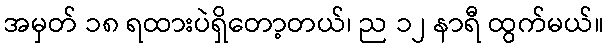
အမှတ် ၁၈ ရထားပဲရှိတော့တယ်၊ ည ၁၂ နာရီ ထွက်မယ်။